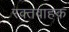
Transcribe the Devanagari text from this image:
रक्तवाहक